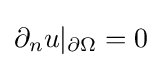
\partial _{n}u|_{\partial \Omega }=0